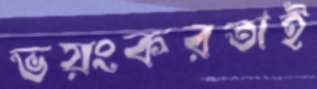
ভয়ংকরতাই